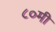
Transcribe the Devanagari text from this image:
८०मी